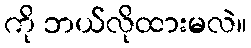
ကို ဘယ်လိုထားမလဲ။